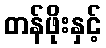
တန်ဖိုးနှင့်